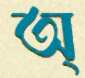
অ্